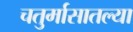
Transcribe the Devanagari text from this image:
चतुर्मासातल्या